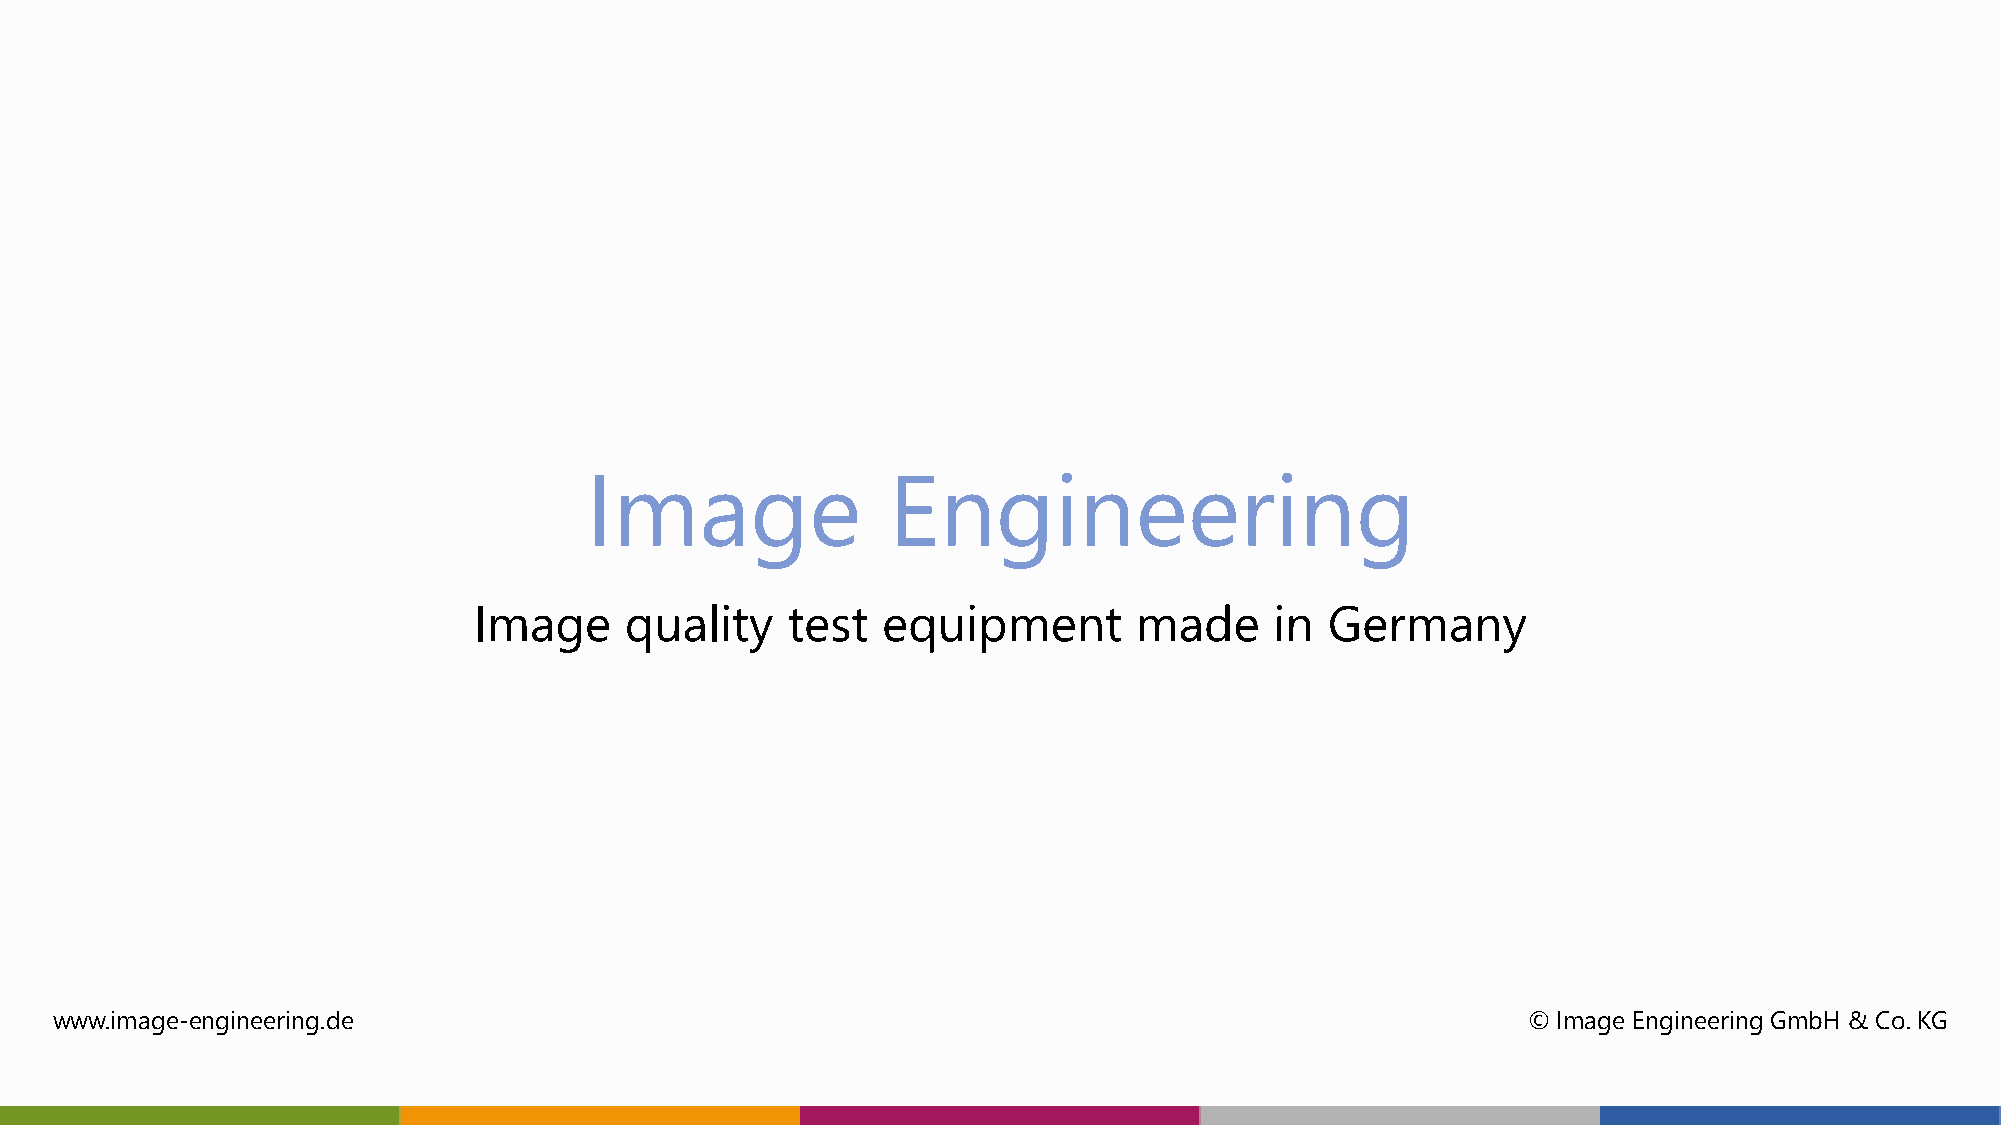
Image               Engineering
 Image     quality    test  equipment        made     in  Germany
 www.image-engineering.de                                                                          © Image Engineering GmbH & Co. KG